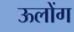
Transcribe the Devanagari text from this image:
ऊलोंग